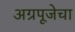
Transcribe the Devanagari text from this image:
अग्रपूजेचा